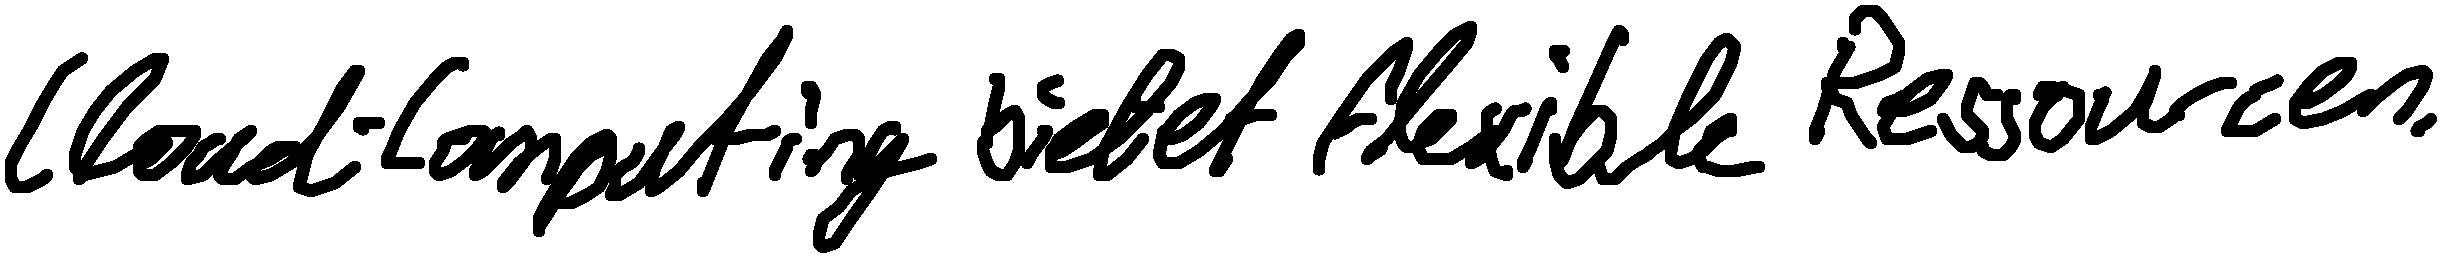
Cloud-Computing bietet flexible Ressourcen.